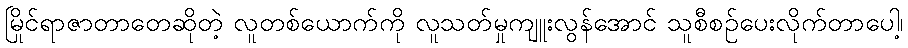
မြိုင်ရာဇာတာတေဆိုတဲ့ လူတစ်ယောက်ကို လူသတ်မှုကျူးလွန်အောင် သူစီစဉ်ပေးလိုက်တာပေါ့၊